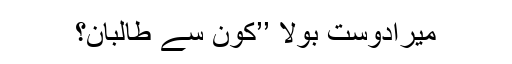
میرادوست بولا ’’کون سے طالبان؟